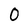
Character: 0